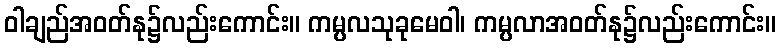
ဝါချည်အဝတ်နု၌လည်းကောင်း။ ကမ္ပလသုခုမေဝါ၊ ကမ္ပလာအဝတ်နု၌လည်းကောင်း။